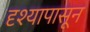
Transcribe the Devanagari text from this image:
दृश्यापासून